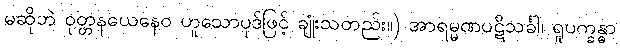
မဆိုဘဲ ဝုတ္တနယေနေဝ ဟူသောပုဒ်ဖြင့် ချုံးသတည်း။) အာရမ္မဏပဋိသင်္ခါ၊ ရူပက္ခန္ဓာ